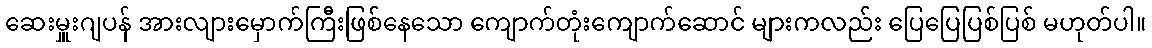
ဆေးမှူးဂျပန် အားလျားမှောက်ကြီးဖြစ်နေသော ကျောက်တုံးကျောက်ဆောင် များကလည်း ပြေပြေပြစ်ပြစ် မဟုတ်ပါ။